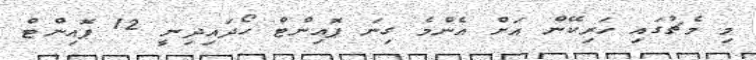
މި މެޗުގައި ހަރިކޭން އަށް އެންމެ ގިނަ ޕޮއިންޓް ހޯދައިދިނީ 12 ޕޮއިންޓް